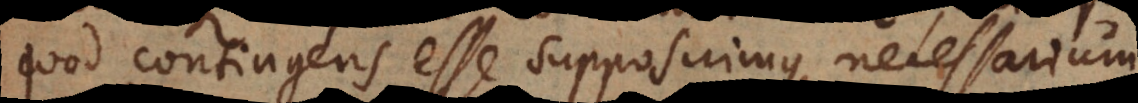
quod contingens esse supposuimus, necessarium